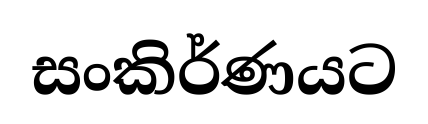
සංකිර්ණයට